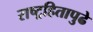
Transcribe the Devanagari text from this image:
राष्ट्रहितापुढे